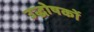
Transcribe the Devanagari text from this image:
उद्धोषकों